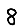
Digit: 8